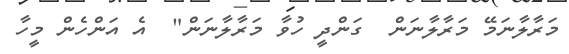
މަރާލާނަމޭ މަރާލާނަން  ގަންދީ ހުވާ މަރާލާނަން"  އެ އަންހެން މީހާ